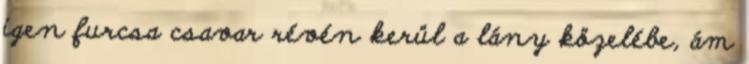
igen furcsa csavar révén kerül a lány közelébe, ám